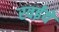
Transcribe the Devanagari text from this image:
रवईये